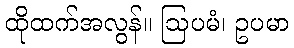
ထိုထက်အလွန်။ ဩပမံ၊ ဥပမာ